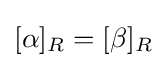
[\alpha ]_{R}=[\beta ]_{R}